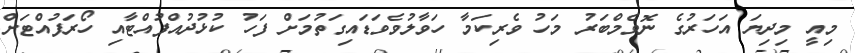
މިއީ މިދިޔަ އަހަރުގެ ނޮވެމްބަރު މަހު ވެރިކަމާ ހަވާލުވެވަޑައިގަތުމަށް ފަހު ކުޅުދުއްފުއްޓާއި ހޯރަފުއްޓަށް